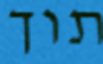
תוך